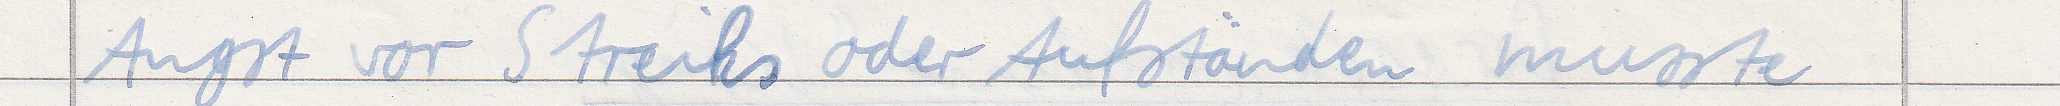
Angst vor Streiks oder Aufständen musste